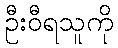
ဦးဝီရသူကို